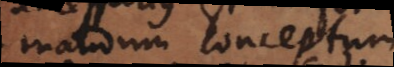
mandum conceptum